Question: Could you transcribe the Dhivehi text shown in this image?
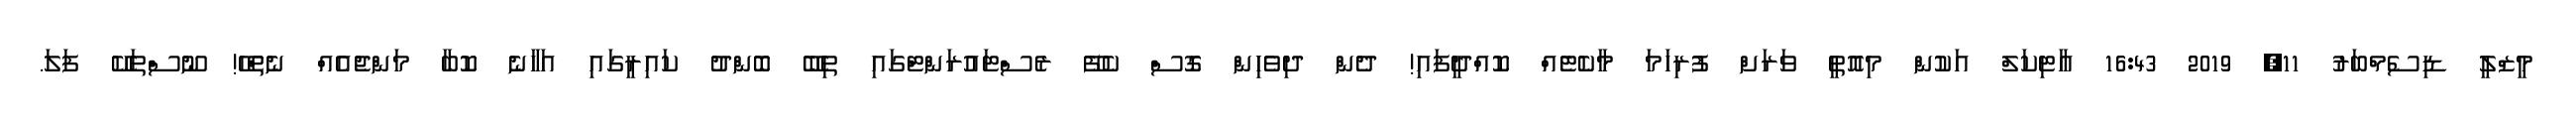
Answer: މީޒްލީ ޑިސެމްބަރު 11, 2019 16:43 އާޓިކަލް އަކުން މިއޮތީ ވަރަށް ފުރިހަމަ މާކެޓެއް ކޮއްދީފައި! ދެން ދިވެހިން ގޮސް ކެފޭ ރެސްޓައުރަންޓްގައި ތިބޭ ބޮންދު ކައިރީގައި އަހާނެ ކޮބާ މަންޖެއެއް ނެތްހޭ! ނޫސްތަކޭ ފަލަ.